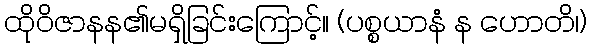
ထိုဝိဇာနန၏မရှိခြင်းကြောင့်။ (ပစ္စယာနံ န ဟောတိ၊)